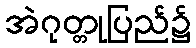
အဲဂုတ္တုပြည်၌